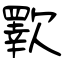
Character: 歝